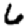
Digit: 6